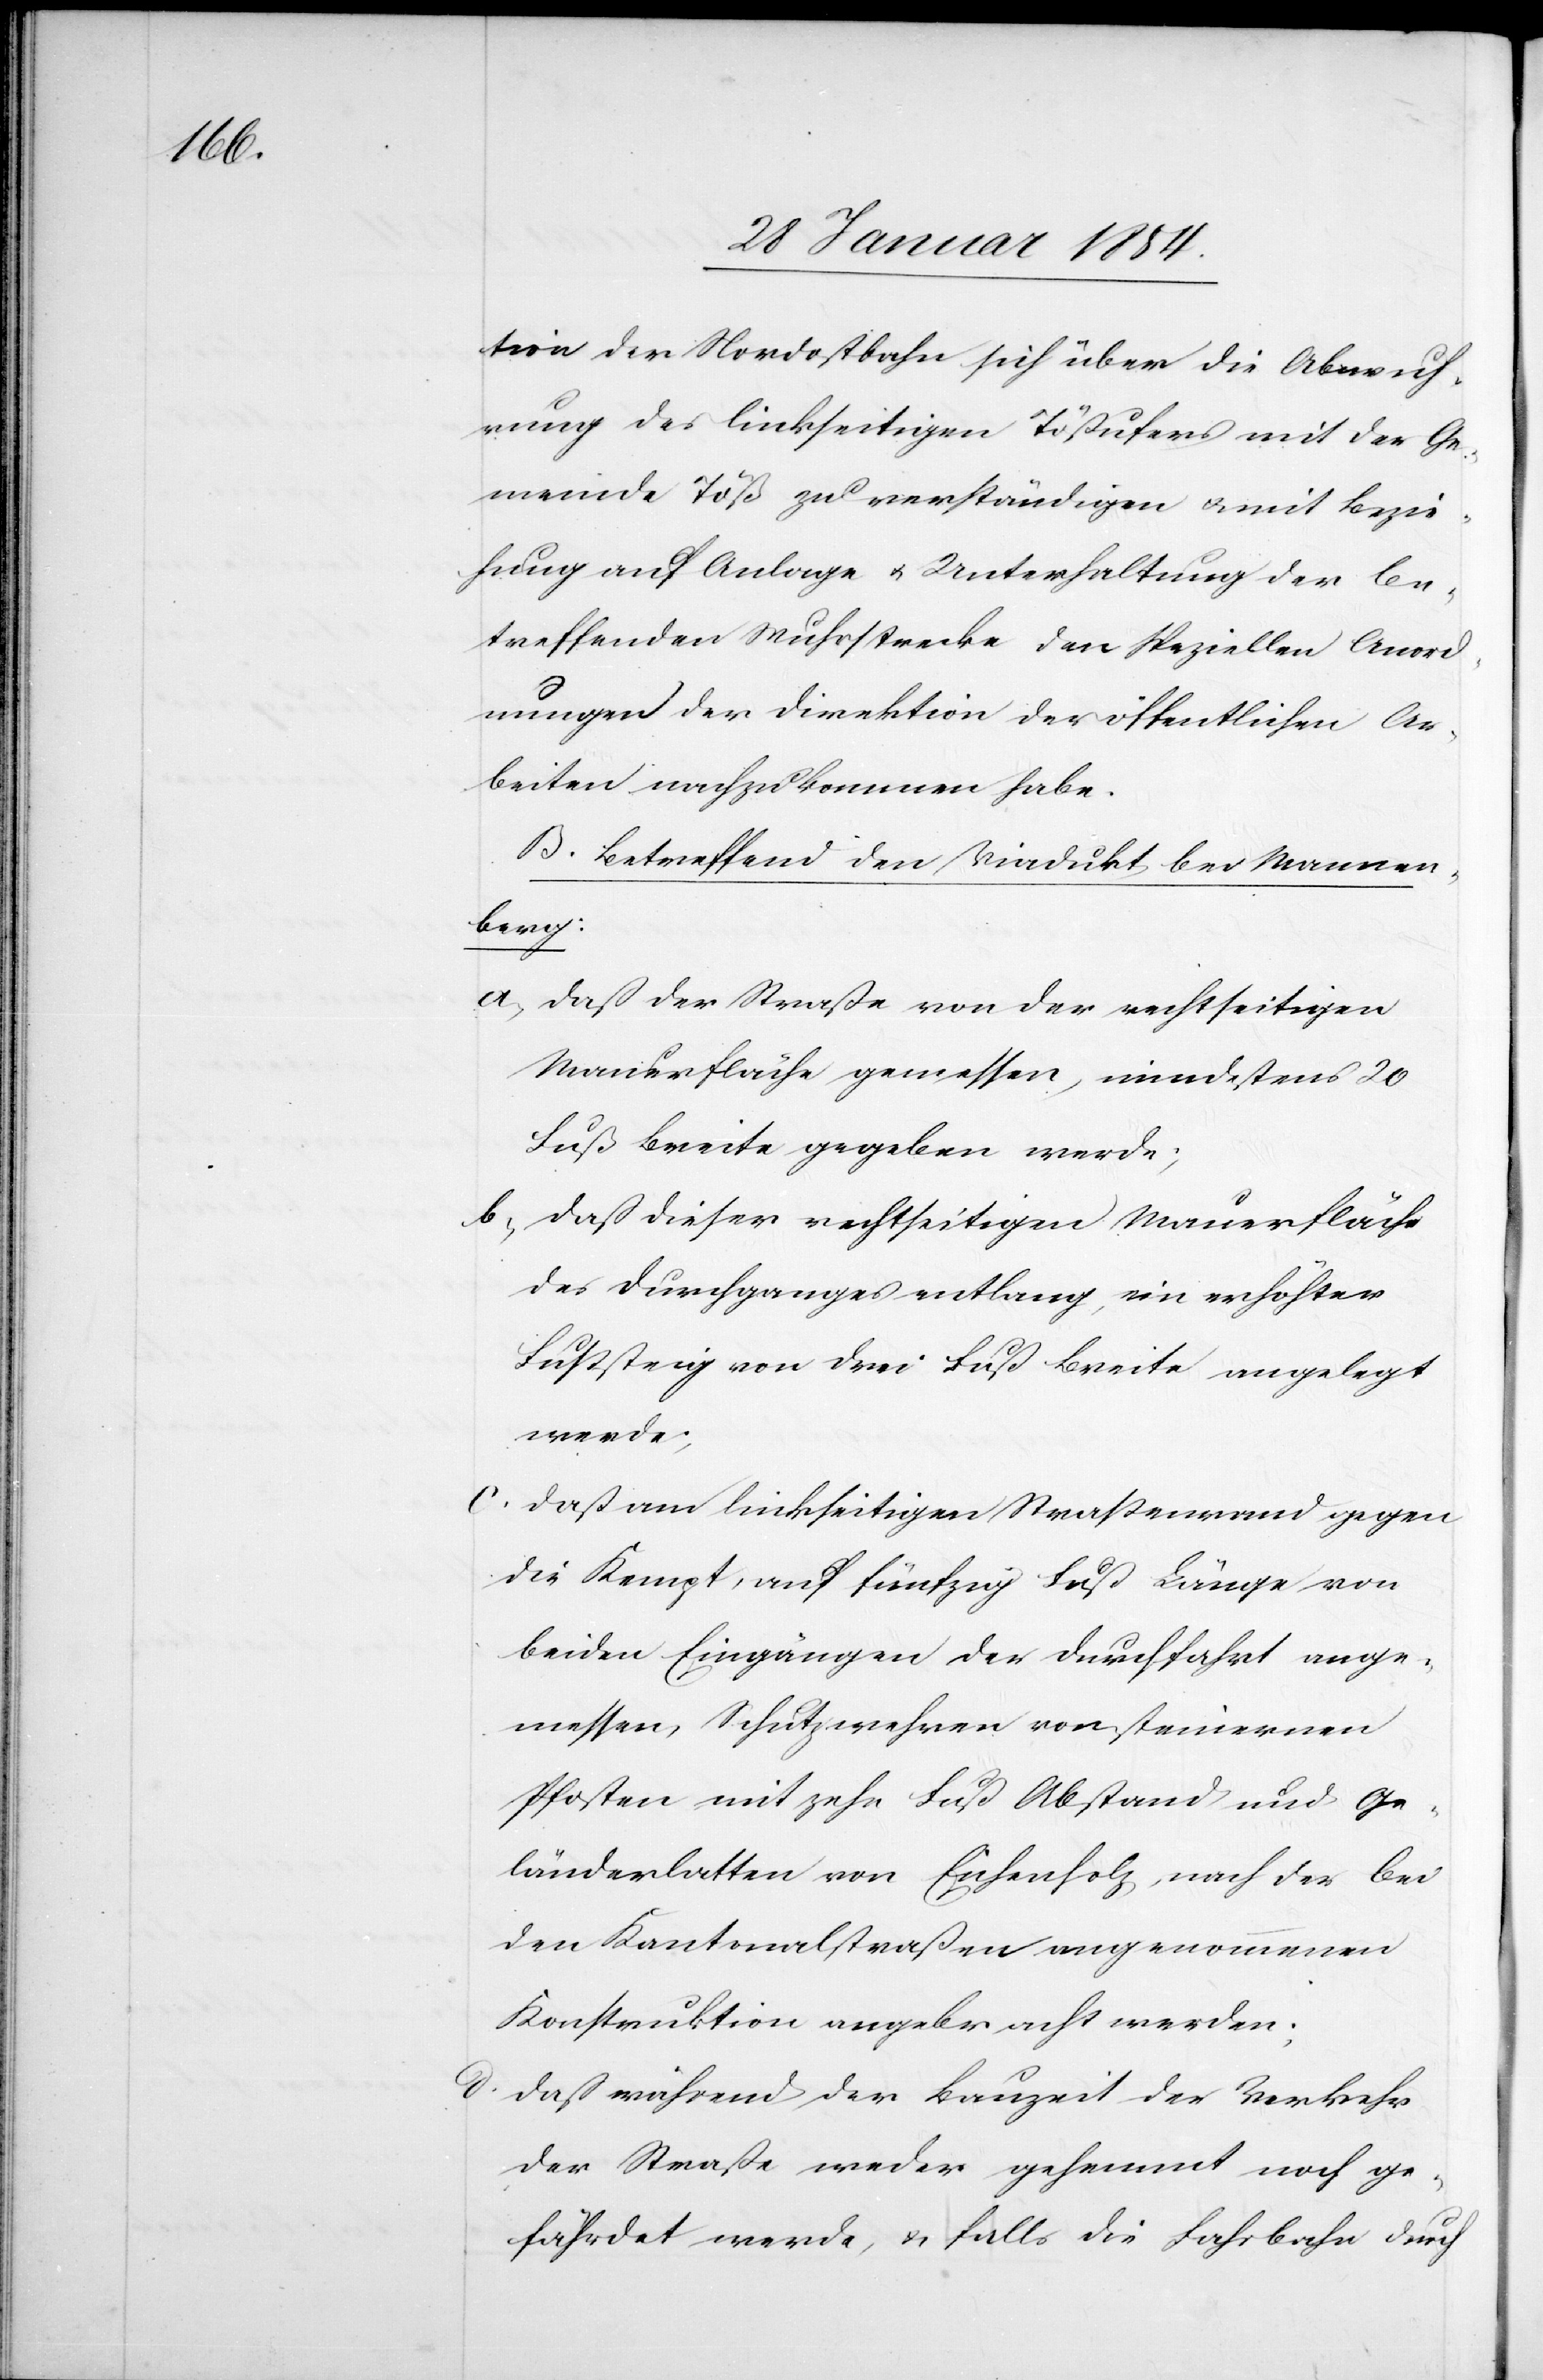
tion der Nordostbahn sich über die Abwuh¬
rung des linkseitigen Tößufers mit der Ge¬
meinde Töß zu verständigen u. mit Bezie¬
hung auf Anlage u. Unterhaltung der be¬
treffenden Wuhrstrecke den speziellen Anord¬
nungen der Direktion der öffentlichen Ar¬
beiten nachzukommen habe.
B. Betreffend den Viaduktbau Wannen¬
berg:
a; Daß der Straße von der rechtseitigen
Mauerfläche gemessen, mindestens 20
Fuß Breite gegeben werde;
b; Daß dieser rechtseitigen Mauerfläche
des Durchganges entlang, ein erhöhter
Fußsteig von drei Fuß Breite angelegt
werde;
c. Daß am linkseitigen Straßenrand gegen
die Kempt, auf fünfzig Fuß Länge von
beiden Eingängen der Durchfahrt ange¬
messen, Schutzwehren von steinernen
Pfosten mit zehn Fuß abstand und Ge¬
länderlatten von Eichenholz, nach der bei
den Kantonalstraßen angenommenen
Konstruktion angebracht werden;
c. Daß während der Bauzeit der Verkehr
der Straße weder gehemmt noch ge¬
fährdet werde, u. falls die Fahrbahn durch